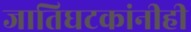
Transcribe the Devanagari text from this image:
जातिघटकांनीही